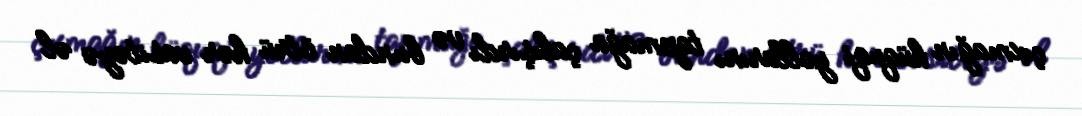
çıxmağın hüquqi yollarını tapmağa çalışırdı və bundan ötrü hər vasitəyə əl